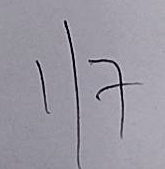
1 / 7